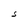
Character: S